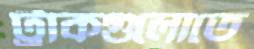
ট্রাকগুলোতে